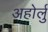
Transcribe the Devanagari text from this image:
अहोर्लु